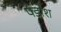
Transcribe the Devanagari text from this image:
पडोश